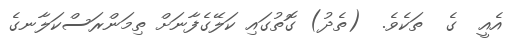
އެއީ  ގެ  ތަކެވެ.  (ތެދު) ގޮތުގައި ކަލޭގެފާނަށް ތިމަންރަސްކަލާނގެ